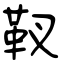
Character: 靫